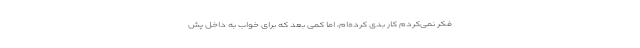
فکر نمی‌کردم کار بدی کرده‌ام، اما کمی بعد که برای خواب به داخل پش